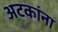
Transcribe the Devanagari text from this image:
अटकांना